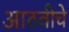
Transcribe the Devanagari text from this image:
आठवीचे